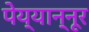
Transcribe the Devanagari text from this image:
पेय्यान्‍नूर